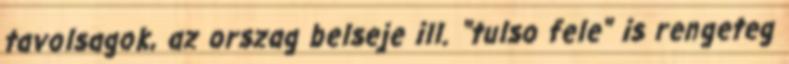
tavolsagok, az orszag belseje ill. "tulso fele" is rengeteg